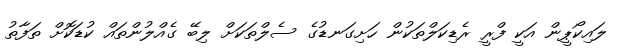
ލައިކޯޕީން އަކީ ފްރީ ރެޑިކަލްތަކުން ހަށިގަނޑުގެ ސެލްތަކަށް ލިބޭ ގެއްލުންތައް ކުޑަކޮށް ތަފާތު